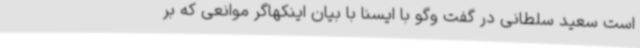
است سعید سلطانی در گفت وگو با ایسنا با بیان اینکهاگر موانعی که بر